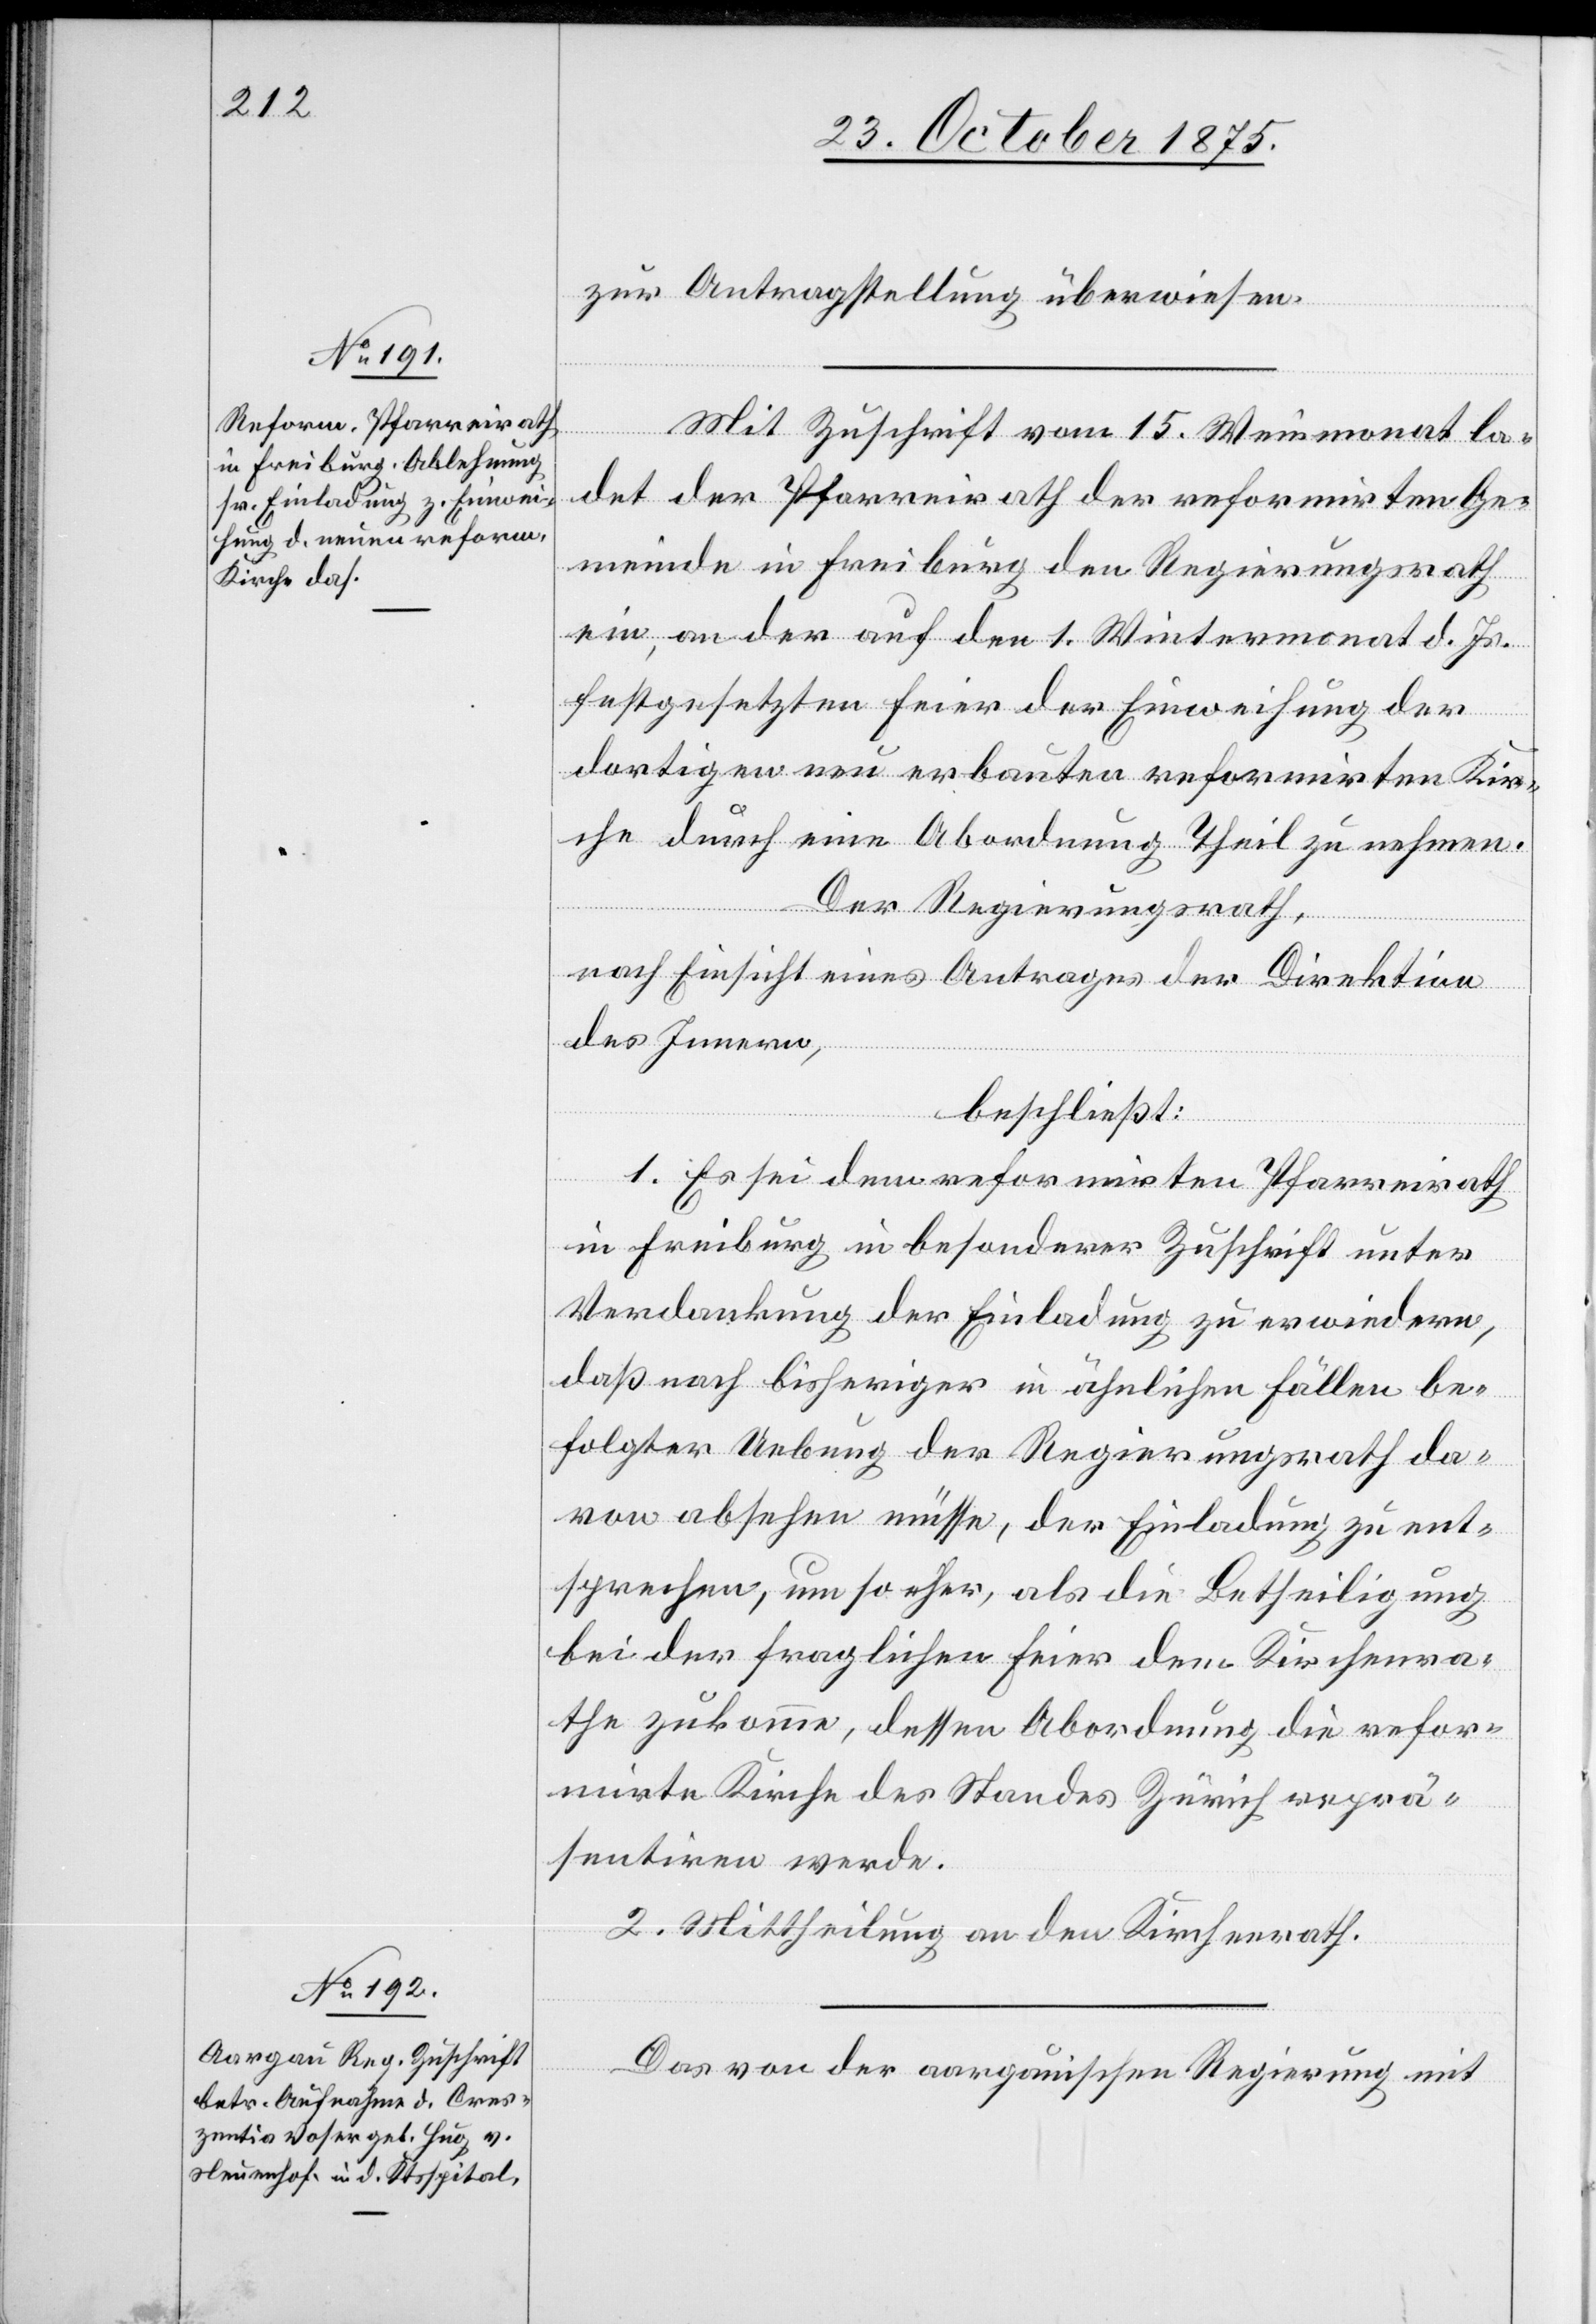
23. October 1875.]
zur Antragstellung überwiesen.
Mit Zuschrift vom 15. Weinmonat la¬
det der Pfarreirath der reformirten Ge¬
meinde in Freiburg den Regierungsrath
ein, an der auf den 1. Wintermonat d. Js.
festgesetzten Feier der Einweihung der
dortigen neu erbauten reformirten Kir¬
che durch eine Abordnung Theil zu nehmen.
Der Regierungsrath,
nach Einsicht eines Antrages der Direktion
des Innern,
beschließt:
1. Es sei dem reformirten Pfarreirath
in Freiburg in besonderer Zuschrift unter
Verdankung der Einladung zu erwiedern,
daß nach bisheriger in ähnlichen Fällen be¬
folgter Uebung der Regierungsrath da¬
von absehen müsse, der Einladung zu ent¬
sprechen, um so eher, als die Betheiligung
bei der fraglichen Feier dem Kirchenra¬
the zukomme, dessen Abordnung die refo¬
mirte Kirche des Standes Zürich reprä¬
sentiren werde.
2. Mittheilung an den Kirchenrath.
Das von der aargauischen Regierung mit